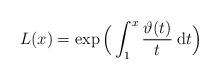
LaTeX: \begin{align*}L(x)=\exp\Big(\int_1 ^x \frac{\vartheta (t)}{t} {\: \rm d} t \Big)\end{align*}